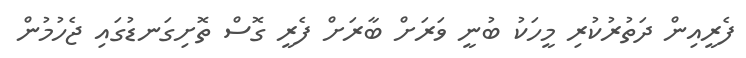
ފެރީއިން ދަތުރުކުރި މީހަކު ބުނީ ވަރަށް ބާރަށް ފެރީ ގޮސް ތޮށިގަނޑުގައި ޖެހުމުން